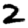
Digit: 2